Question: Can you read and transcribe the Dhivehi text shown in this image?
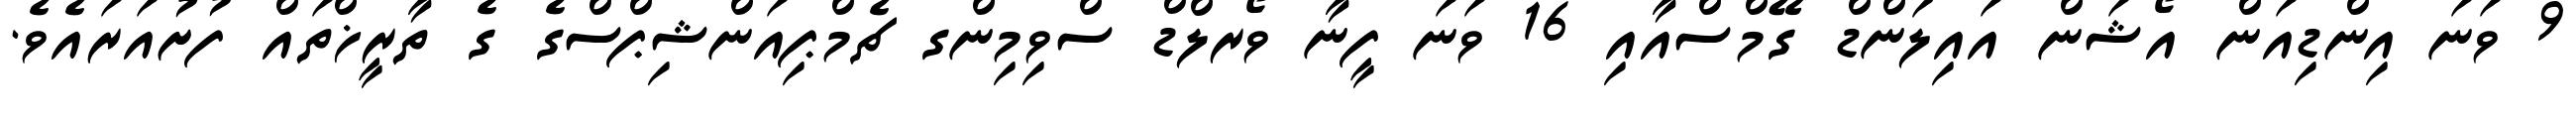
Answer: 9 ވަނަ އިންޑިއަން އޯޝަން އައިލަންޑް ގޭމްސްއާއި 16 ވަނަ ފީނާ ވޯރލްޑް ސްވިމިންގ ޗެމްޕިއަންޝިޕްސްގެ ގެ ތާރީޚްތައް ފުށުއަރައެވެ.